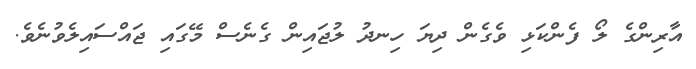
އާރިންގެ ލޯ ފެންކަޅި ވެގެން ދިޔަ ހިނދު ލުޖައިން ގެނެސް މޭގައި ޖައްސައިލެވުނެވެ.